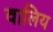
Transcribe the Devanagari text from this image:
वालिय